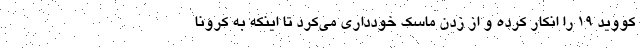
کووید ۱۹ را انکار کرده و از زدن ماسک خودداری می‌کرد تا اینکه به کرونا